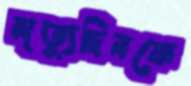
মৃত্যুদিনকে